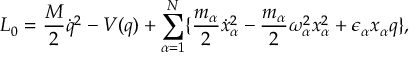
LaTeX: L _ { 0 } = \frac { M } { 2 } { \dot { q } } ^ { 2 } - V ( q ) + \sum _ { \alpha = 1 } ^ { N } \{ \frac { m _ { \alpha } } { 2 } { \dot { x } _ { \alpha } } ^ { 2 } - \frac { m _ { \alpha } } { 2 } \omega _ { \alpha } ^ { 2 } x _ { \alpha } ^ { 2 } + { \epsilon } _ { \alpha } x _ { \alpha } q \} ,